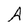
Character: A